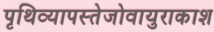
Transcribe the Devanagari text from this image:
पृथिव्यापस्तेजोवायुराकाश